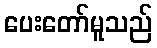
ပေးတော်မူသည်